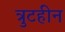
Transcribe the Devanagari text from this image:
त्रुटहीन